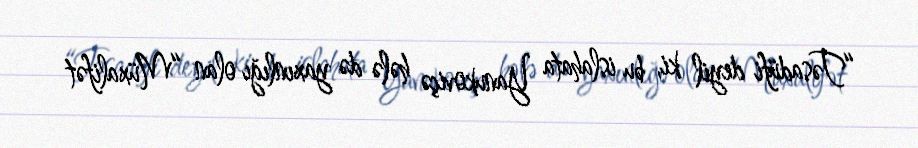
“Təsadüfi deyil ki, bu islahata Yanukoviçə hələ də yaxınlığı olan “Müxalifət